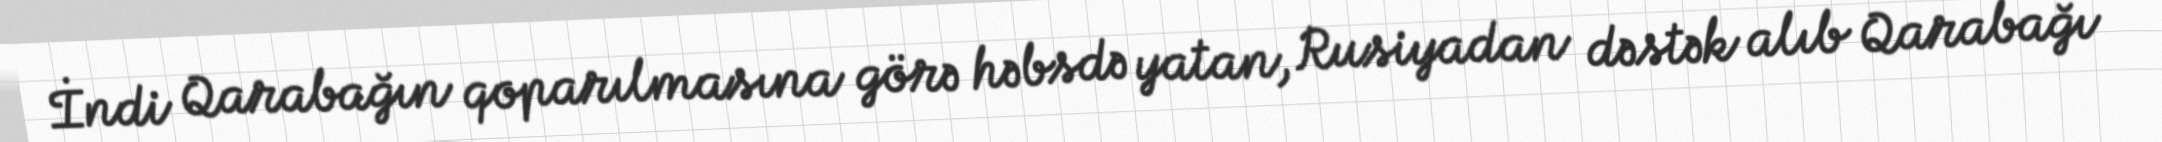
İndi Qarabağın qoparılmasına görə həbsdə yatan, Rusiyadan dəstək alıb Qarabağı